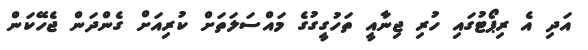
އަދި އެ ރިޕޯޓުގައި ހުރި ޖިނާއީ ތަހުގީގުގެ މައްސަލަތަށް ކުރިއަށް ގެންދަން ޖެހޭކަން